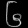
Digit: ၆